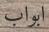
ابواب